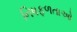
નિષફળતાઓ